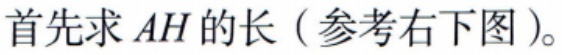
首先求 \(AH\) 的长（参考右下图）。